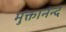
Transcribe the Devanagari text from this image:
मुक्तानन्द